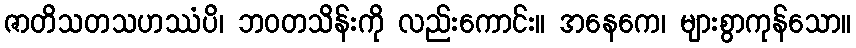
ဇာတိသတသဟဿံပိ၊ ဘဝတသိန်းကို လည်းကောင်း။ အနေကေ၊ များစွာကုန်သော။